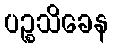
ပဉ္စသိခေန